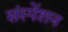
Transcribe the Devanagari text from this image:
संस्पेंशन